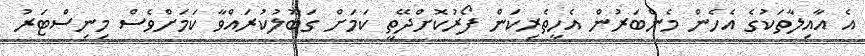
އެ އާއިލާތަކުގެ އެހެން މެންބަރުން އެހީތެރިކަން ފޯރުކޮށްދޭތީ ކަމަށް ގަބޫލުކުރައްވާ ކަމަށްވެސް މިނިސްޓަރު